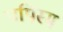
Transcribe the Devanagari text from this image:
पपिस्म